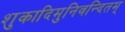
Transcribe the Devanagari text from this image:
शुकादिमुनिवन्दितम्